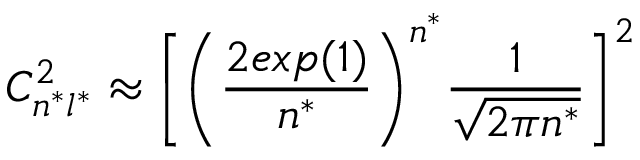
C _ { n ^ { * } l ^ { * } } ^ { 2 } \approx \bigg [ \bigg ( \frac { 2 e x p ( 1 ) } { n ^ { * } } \bigg ) ^ { n ^ { * } } \frac { 1 } { \sqrt { 2 \pi n ^ { * } } } \bigg ] ^ { 2 }